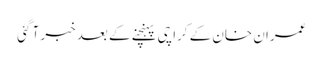
عمران خان کے کراچی پہنچنے کے بعد خبر آ گئی